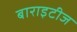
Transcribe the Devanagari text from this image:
बाराइटीज